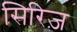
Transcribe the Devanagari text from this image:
सिरिज़